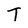
Character: T